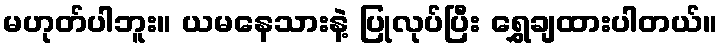
မဟုတ်ပါဘူး။ ယမနေသားနဲ့ ပြုလုပ်ပြီး ရွှေချထားပါတယ်။